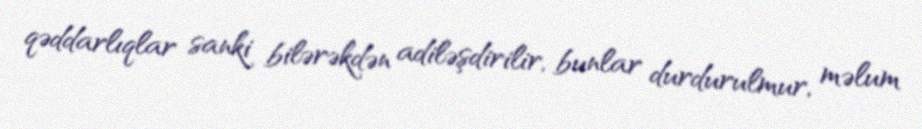
qəddarlıqlar sanki bilərəkdən adiləşdirilir, bunlar durdurulmur, məlum